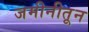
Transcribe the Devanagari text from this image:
जमीनीतून